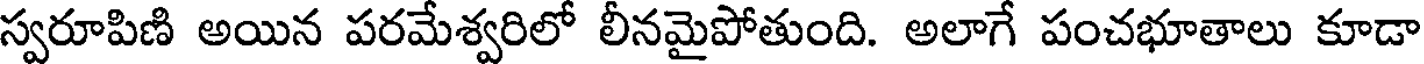
స్వరూపిణి అయిన పరమేశ్వరిలో లీనమైపోతుంది. అలాగే పంచభూతాలు కూడా